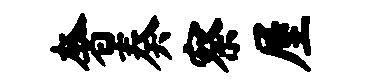
奢奏察屋